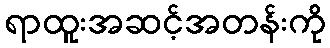
ရာထူးအဆင့်အတန်းကို